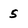
Character: 5